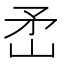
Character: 𬑭